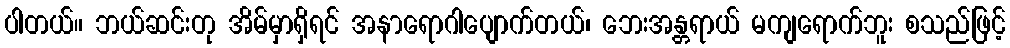
ပါတယ်။ ဘယ်ဆင်းတု အိမ်မှာရှိရင် အနာရောဂါပျောက်တယ်၊ ဘေးအန္တရာယ် မကျရောက်ဘူး စသည်ဖြင့်